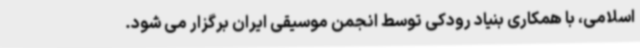
اسلامی، با همکاری بنیاد رودکی توسط انجمن موسیقی ایران برگزار می شود.